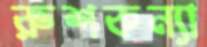
রুশকন্যা